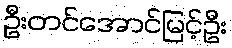
ဦးတင်အောင်မြင့်ဦး